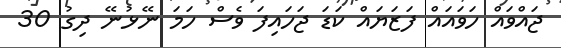
ޖައްވައް ހަވައައް ފަޒަޔައް ކަޑަ ޖަހައިފަ ވެސް ހަމަ ނޭޅުނޭ ދިގު 30